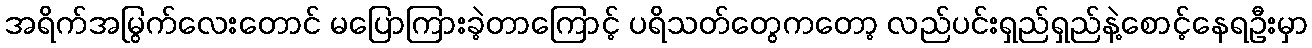
အရိက်အမြွက်လေးတောင် မပြောကြားခဲ့တာကြောင့် ပရိသတ်တွေကတော့ လည်ပင်းရှည်ရှည်နဲ့စောင့်နေရဦးမှာ